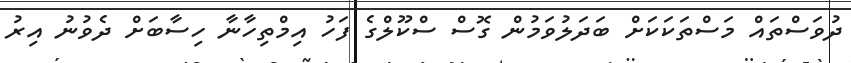
ދުވަސްތައް މަސްތަކަކަށް ބަދަލުވަމުން ގޮސް ސްކޫލްގެ ފަހު އިމްތިހާނާ ހިސާބަށް ދެވުނު އިރު